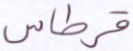
قرطاس